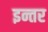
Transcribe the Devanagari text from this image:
इन्तर